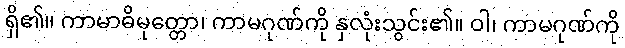
ရှိ၏။ ကာမာဓိမုတ္တော၊ ကာမဂုဏ်ကို နှလုံးသွင်း၏။ ဝါ၊ ကာမဂုဏ်ကို